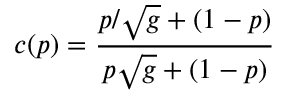
c ( p ) = { \frac { p / \sqrt { g } + ( 1 - p ) } { p \sqrt { g } + ( 1 - p ) } }